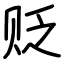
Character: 贬